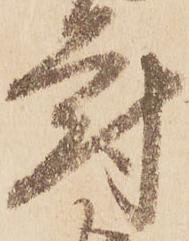
府